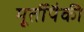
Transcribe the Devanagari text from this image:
मूर्तीपैकी